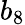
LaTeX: b_{8}